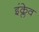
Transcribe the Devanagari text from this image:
इंक्लेव